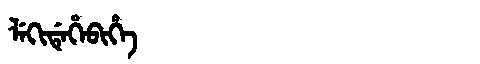
Manchu: ᠯᡝᡴᡳᡩᡝᡥᡝᠪᡳᡥᡝ
Romanization: LEKIDEHEBIHE